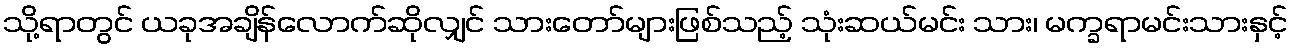
သို့ရာတွင် ယခုအချိန်လောက်ဆိုလျှင် သားတော်များဖြစ်သည့် သုံးဆယ်မင်း သား၊ မက္ခရာမင်းသားနှင့်